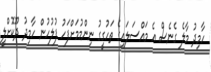
ހާމިދު މާލެ ގެނެސް އެ މައްސަލައިގެ ތަހުގީގު ނިންމުމަށްފަހު ފުލުހުން ހާމިދު ދޫކޮށްލީ